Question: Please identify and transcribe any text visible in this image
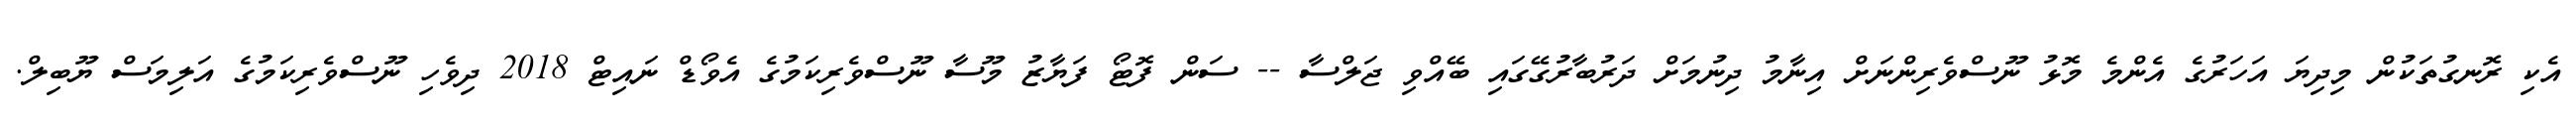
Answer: އެކި ރޮނގުތަކުން މިދިޔަ އަހަރުގެ އެންމެ މޮޅު ނޫސްވެރިންނަށް އިނާމު ދިނުމަށް ދަރުބާރުގޭގައި ބޭއްވި ޖަލްސާ -- ސަން ފޮޓޯ ފަޔާޒު މޫސާ ނޫސްވެރިކަމުގެ އެވޯޑް ނައިޓް 2018 ދިވެހި ނޫސްވެރިކަމުގެ އަލިމަސް ޔޫބިލް.